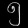
Digit: ၅